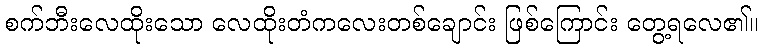
စက်ဘီးလေထိုးသော လေထိုးတံကလေးတစ်ချောင်း ဖြစ်ကြောင်း တွေ့ရလေ၏။